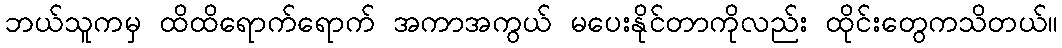
ဘယ်သူကမှ ထိထိရောက်ရောက် အကာအကွယ် မပေးနိုင်တာကိုလည်း ထိုင်းတွေကသိတယ်။